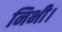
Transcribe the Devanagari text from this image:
निभी।